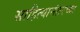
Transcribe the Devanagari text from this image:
साहित्यानंतरच्या